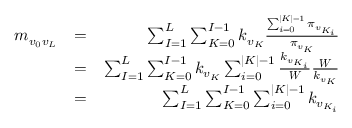
\begin{array} { r l r } { m _ { v _ { 0 } v _ { L } } } & { = } & { \sum _ { I = 1 } ^ { L } \sum _ { K = 0 } ^ { I - 1 } k _ { v _ { K } } \frac { \sum _ { i = 0 } ^ { | K | - 1 } \pi _ { v _ { K _ { i } } } } { \pi _ { v _ { K } } } } \\ & { = } & { \sum _ { I = 1 } ^ { L } \sum _ { K = 0 } ^ { I - 1 } k _ { v _ { K } } \sum _ { i = 0 } ^ { | K | - 1 } \frac { k _ { v _ { K _ { i } } } } { \boldsymbol { W } } \frac { \boldsymbol { W } } { k _ { v _ { K } } } } \\ & { = } & { \sum _ { I = 1 } ^ { L } \sum _ { K = 0 } ^ { I - 1 } \sum _ { i = 0 } ^ { | K | - 1 } k _ { v _ { K _ { i } } } } \end{array}